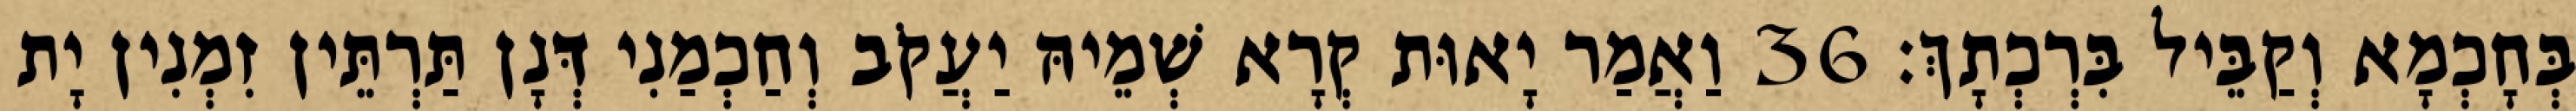
בְּחָכְמָא וְקַבֵּיל בִּרְכְתָךְ׃ 36 וַאֲמַר יָאוּת קְרָא שְׁמֵיהּ יַעֲקֹב וְחַכְמַנִי דְּנָן תַּרְתֵּין זִמְנִין יָת